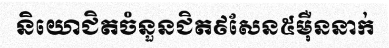
និយោជិតចំនួនជិត៩សែន៥ម៉ឺននាក់